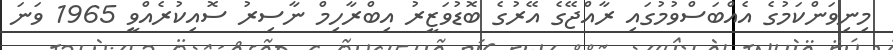
މިނިވަންކަމުގެ އެއްބަސްވުމުގައި ރާއްޖޭގެ އޭރުގެ ބޮޑުވަޒީރު އިބްރާހިމް ނާސިރު ސޮއިކުރެއްވީ 1965 ވަނަ